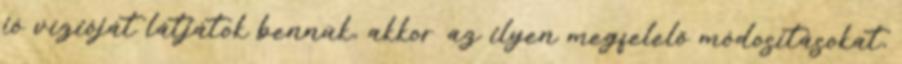
jó vízióját látjátok bennük, akkor az ilyen megfelelő módosításokat,